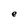
Character: e